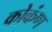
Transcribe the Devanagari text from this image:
कोकंण